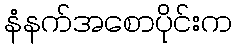
နံနက်အစောပိုင်းက